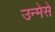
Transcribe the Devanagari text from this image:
उन्मेसे